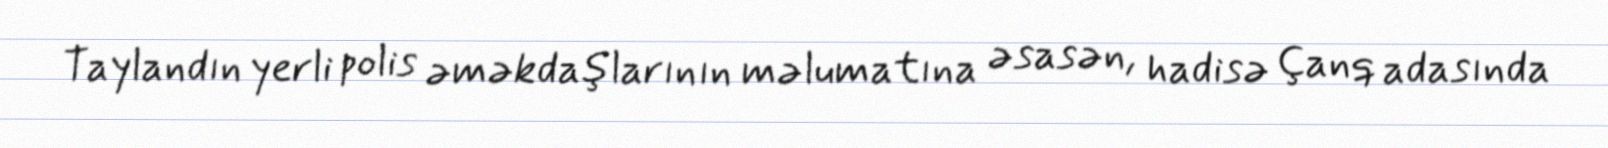
Taylandın yerli polis əməkdaşlarının məlumatına əsasən, hadisə Çanq adasında